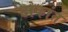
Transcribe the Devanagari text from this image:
टोकांत